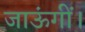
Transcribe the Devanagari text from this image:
जाऊंगीं।